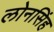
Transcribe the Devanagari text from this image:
लोनसिंह